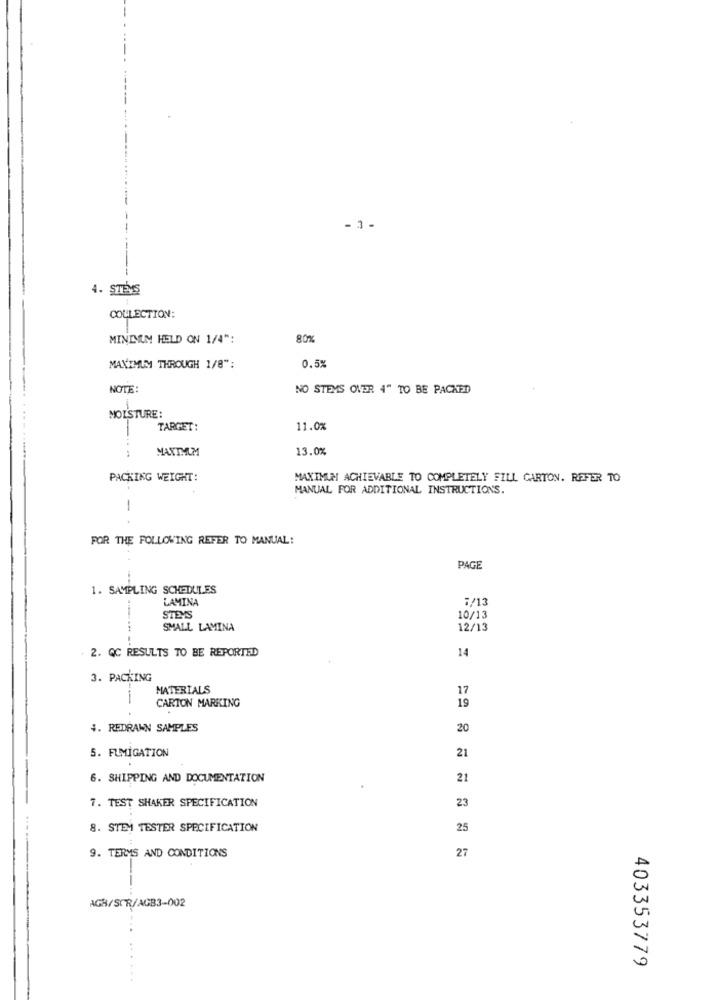
- 1-
4. STENS
COLLECTION:
MINIMUM HELD ON 1/4":
80%
MAXIMUM THROUGH 1/8":
0.5%
NOTE:
NO STEMS OVER 4" TO BE PACKED
TARGET:
11.0%
-...
MAXIMUM
13.0%
PACKING WEIGHT:
MAXIMUM ACHIEVABLE TO COMPLETELY FILL GARTON. REFER TO
MANUAL FOR ADDITIONAL INSTRUCTIONS.
-
FOR THE FOLLOWING REFER TO MANUAL:
PAGE
1. SAMPLING SCHEDULES
LAMINA
7/13
STEYS
10/13
SMALL LAMINA
12/13
2. QC RESULTS TO BE REPORTED
14
3. PACKING
MATERIALS
17
CARTON MARKING
19
4. REDRAWN SAMPLES
20
5. FUMIGATION
21
6. SHIPPING AND DOCUMENTATION
21
7. TEST SHAKER SPECIFICATION
23
8. STEM TESTER SPECIFICATION
25
27
9. TERMS AND CONDITIONS
AGR/SCR/AGB3-002
403353779